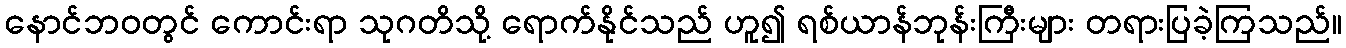
နောင်ဘဝတွင် ကောင်းရာ သုဂတိသို့ ရောက်နိုင်သည် ဟူ၍ ရစ်ယာန်ဘုန်းကြီးများ တရားပြခဲ့ကြသည်။